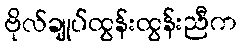
ဗိုလ်ချုပ်ထွန်းထွန်းညီက